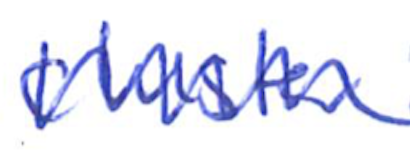
Text: cluster
Cross-out: zig-zag
Writing tool: ballpoint